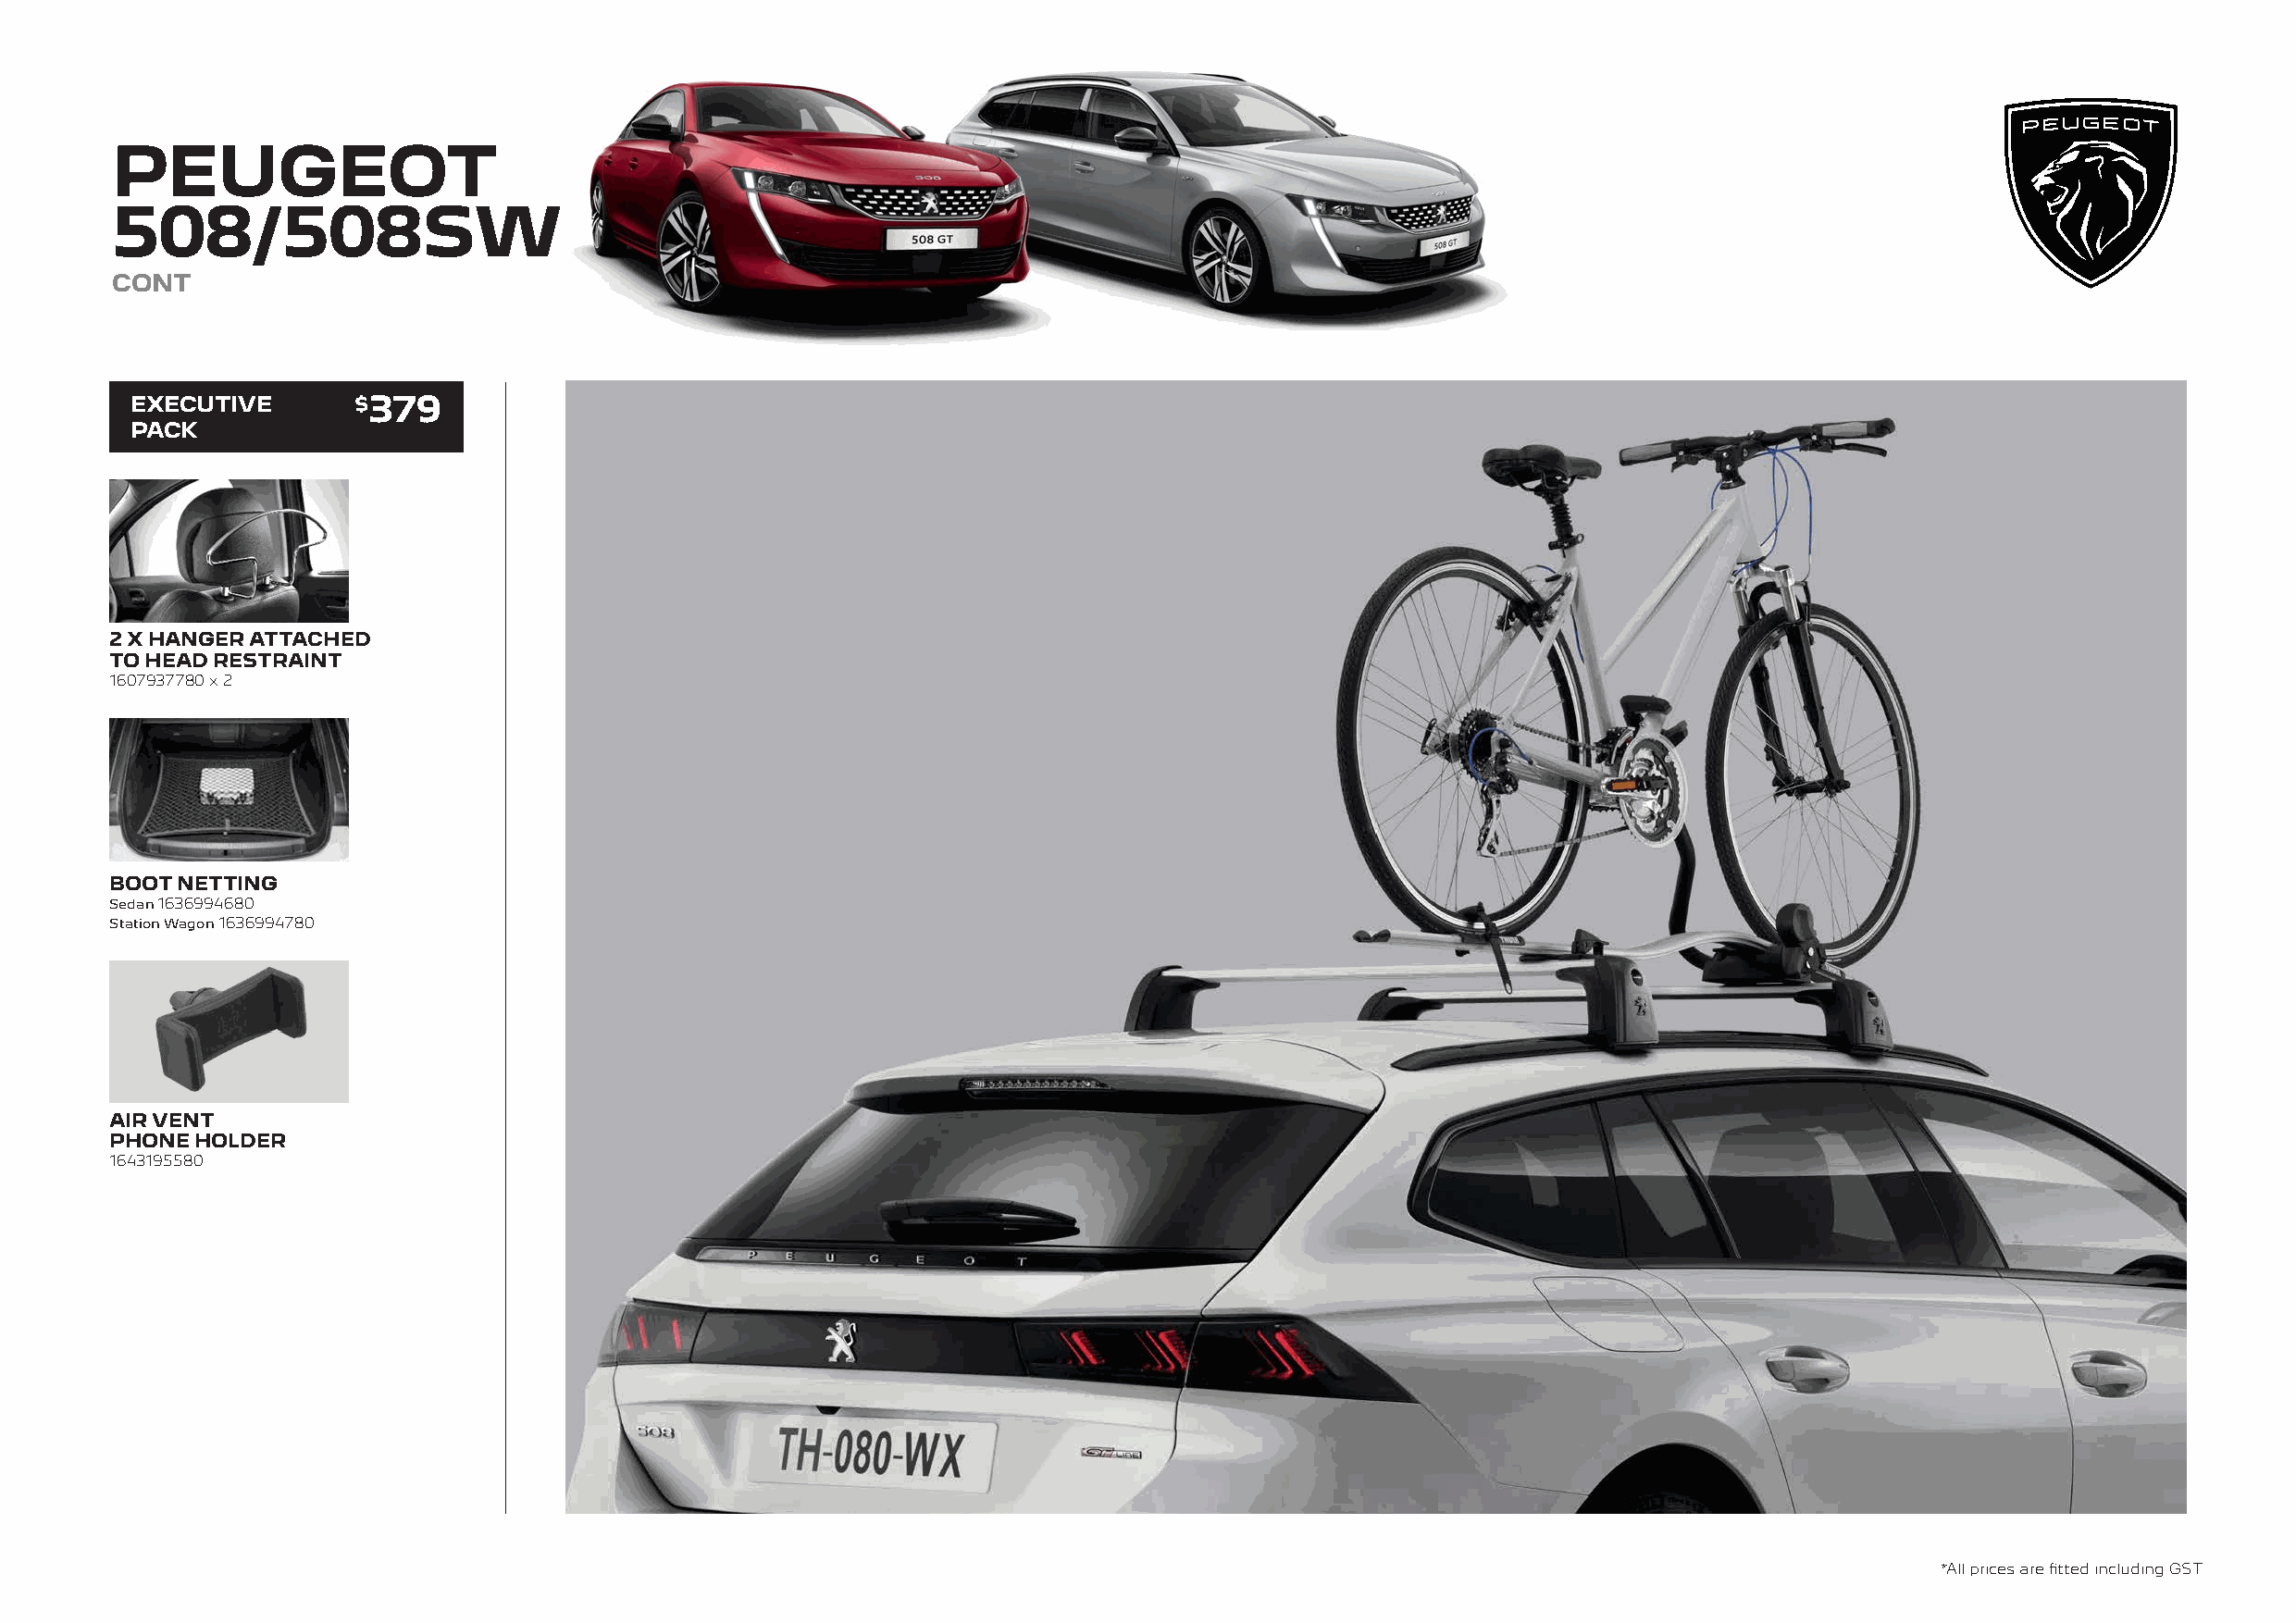
PEUGEOT
 508/508SW
 CONT
 EXECUTIVE       $379
 PACK
 2 X HANGER ATTACHED
 TO HEAD RESTRAINT
 1607937780 x 2
 BOOT NETTING
 Sedan 1636994680
 Station Wagon 1636994780
 AIR VENT
 PHONE HOLDER
 1643195580
 *All prices are fitted including GST